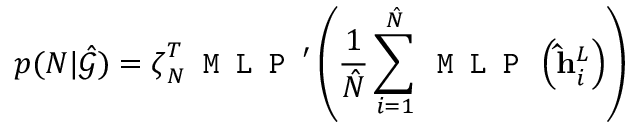
p ( N | \hat { \mathcal { G } } ) = \boldsymbol { \zeta } _ { N } ^ { T } \texttt { M L P } ^ { \prime } \left( \frac { 1 } { \hat { N } } \sum _ { i = 1 } ^ { \hat { N } } \texttt { M L P } \left( \mathbf { \hat { h } } _ { i } ^ { L } \right) \right)